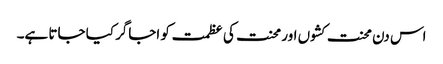
اس دن محنت کشوں اور محنت کی عظمت کو اجاگر کیا جاتا ہے۔